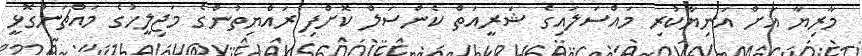
މާރިޔާ އަށް އަނިޔާކުރި މައްސަލައިގެ ޝަރީއަތް ކެންސަލް ކޮށްފި ރައްޔިތުންގެ މަޖިލީހުގެ މައްޗަންގޮޅީ